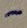
Text: -